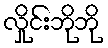
လှိုင်းဘိုဘို